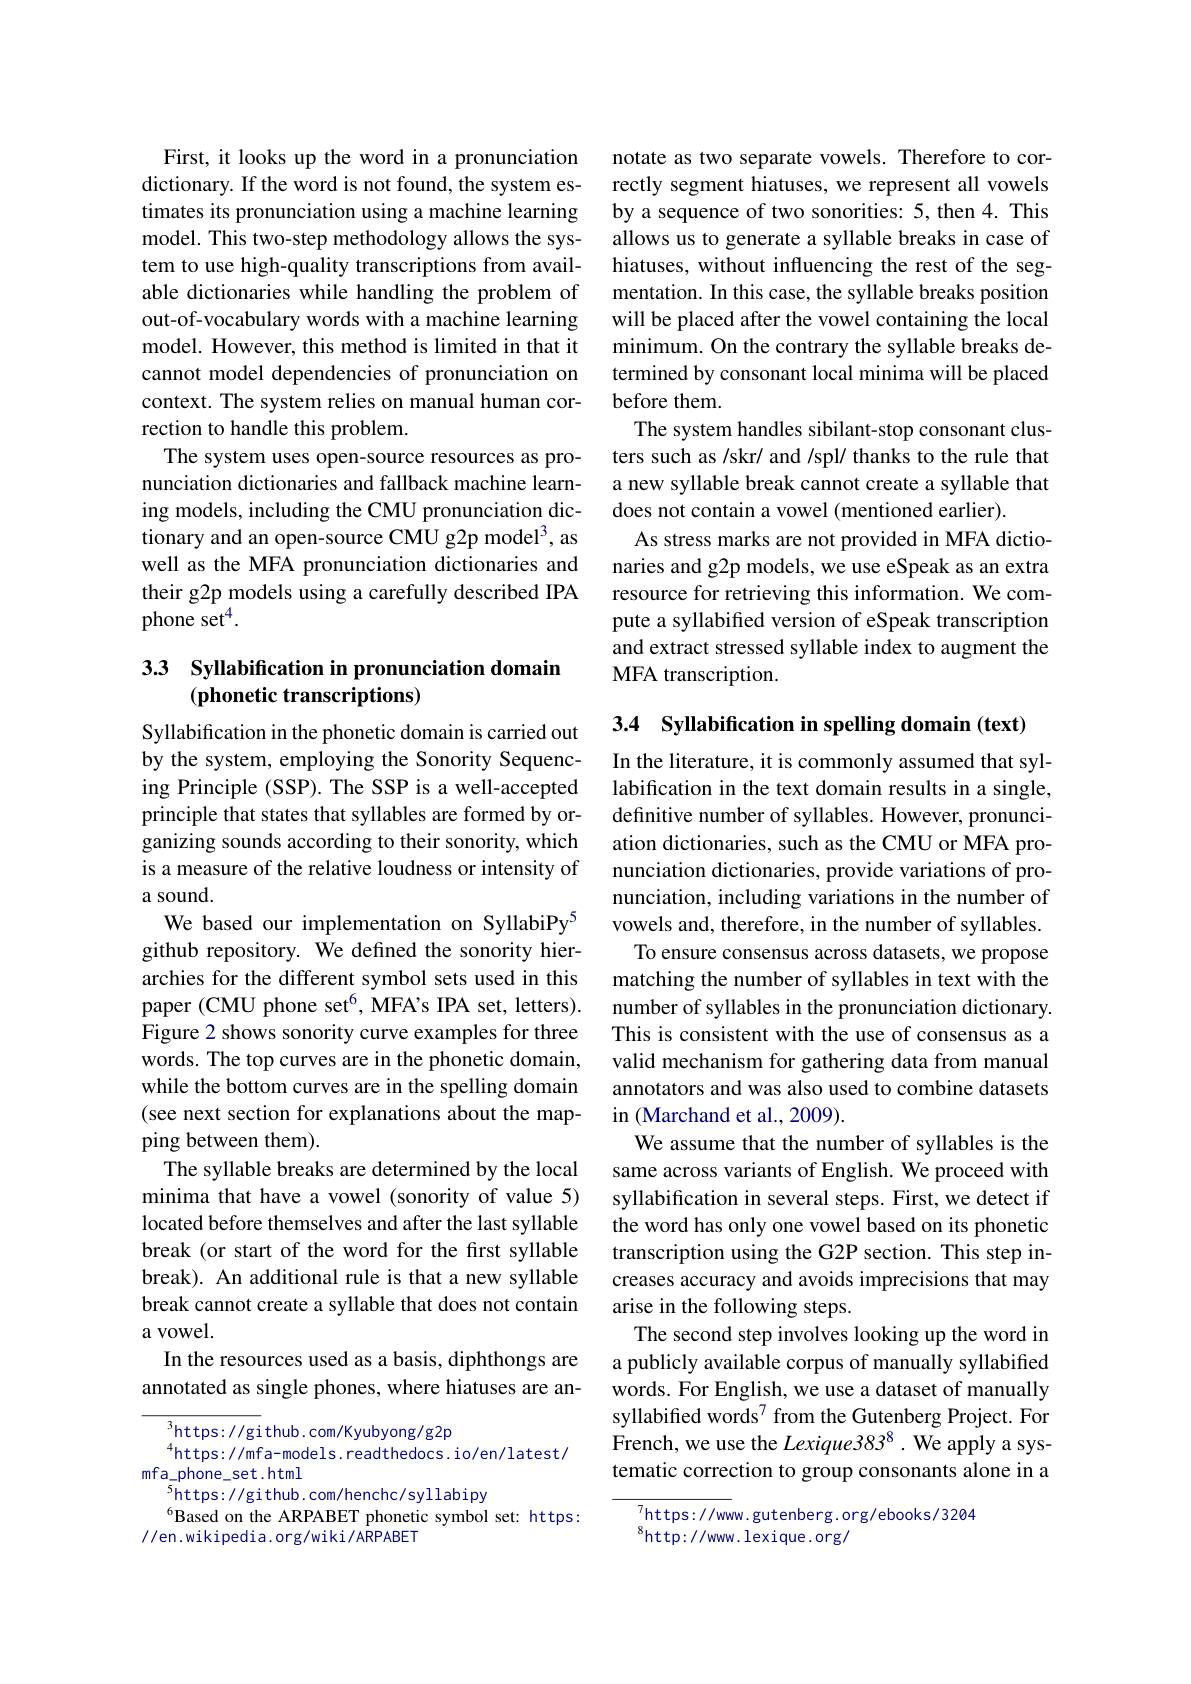
First, it looks up the word in a pronunciation dictionary. If the word is not found, the system estimates its pronunciation using a machine learning model. This two-step methodology allows the system to use high-quality transcriptions from available dictionaries while handling the problem of out-of-vocabulary words with a machine learning model. However, this method is limited in that it cannot model dependencies of pronunciation on context. The system relies on manual human correction to handle this problem.
The system uses open-source resources as pronunciation dictionaries and fallback machine learning models, including the CMU pronunciation dictionary and an open-source CMU g2p model$^3$, as well as the MFA pronunciation dictionaries and their g2p models using a carefully described IPA phone set$^4.$

## 3.3 Syllabification in pronunciation domain $( \textbf{phonetic transcriptions})$

Syllabification in the phonetic domain is carried out by the system, employing the Sonority Sequencing Principle (SSP). The SSP is a well-accepted principle that states that syllables are formed by organizing sounds according to their sonority, which is a measure of the relative loudness or intensity of a sound.
We based our implementation on SyllabiPy$^{5}$ github repository. We defined the sonority hierarchies for the different symbol sets used in this paper (CMU phone set$^6$,MFA's IPA set, letters). Figure 2 shows sonority curve examples for three words. The top curves are in the phonetic domain, while the bottom curves are in the spelling domain (see next section for explanations about the mapping between them).
The syllable breaks are determined by the local minima that have a vowel (sonority of value 5) located before themselves and after the last syllable break (or start of the word for the first syllable break). An additional rule is that a new syllable break cannot create a syllable that does not contain a vowel.
In the resources used as a basis, diphthongs are annotated as single phones, where hiatuses are an-
$^{3}$https: / / gi thub. com/ Kyubyong/ g2p

$^{4}$https://mfa-models.readthedocs.io/en/latest/
mfa\_phone\_set.html
$^{5}$https: // github. com/ henchc/ syllabipy
$^{6}$Based on the ARPABET phonetic symbol set: https:
//en.wikipedia.org/wiki/ARPABET

notate as two separate vowels. Therefore to correctly segment hiatuses, we represent all vowels by a sequence of two sonorities: 5, then 4. This allows us to generate a syllable breaks in case of hiatuses, without influencing the rest of the segmentation. In this case, the syllable breaks position will be placed after the vowel containing the local minimum. On the contrary the syllable breaks determined by consonant local minima will be placed before them.
The system handles sibilant-stop consonant clusters such as /skr/ and /spl/ thanks to the rule that a new syllable break cannot create a syllable that does not contain a vowel (mentioned earlier).
As stress marks are not provided in MFA dictionaries and g2p models, we use eSpeak as an extra resource for retrieving this information. We compute a syllabified version of eSpeak transcription and extract stressed syllable index to augment the MFA transcription.

3.4 Syllabification in spelling domain (text)
In the literature, it is commonly assumed that syllabification in the text domain results in a single, definitive number of syllables. However, pronunciation dictionaries, such as the CMU or MFA pronunciation dictionaries, provide variations of pronunciation, including variations in the number of vowels and, therefore, in the number of syllables. To ensure consensus across datasets, we propose matching the number of syllables in text with the number of syllables in the pronunciation dictionary. This is consistent with the use of consensus as a valid mechanism for gathering data from manual annotators and was also used to combine datasets in (Marchand et al., 2009).
We assume that the number of syllables is the same across variants of English. We proceed with syllabification in several steps. First, we detect if the word has only one vowel based on its phonetic transcription using the G2P section. This step increases accuracy and avoids imprecisions that may arise in the following steps.
The second step involves looking up the word in a publicly available corpus of manually syllabified words. For English, we use a dataset of manually syllabified words$^{7}$ from the Gutenberg Project. For French, we use the Lexique383$^8.$ We apply a systematic correction to group consonants alone in a

$_{\mathrm{o}}^{7}$https://www.gutenberg.org/ebooks/3204
$^{8}$http://www.lexique.org/